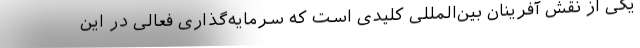
یکی از نقش آفرینان بین‌المللی کلیدی است که سرمایه‌گذاری فعالی در این